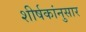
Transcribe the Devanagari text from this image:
शीर्षकांनुसार